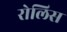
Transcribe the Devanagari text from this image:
रोलिस